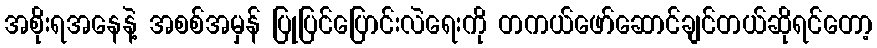
အစိုးရအနေနဲ့ အစစ်အမှန် ပြုပြင်ပြောင်းလဲရေးကို တကယ်ဖော်ဆောင်ချင်တယ်ဆိုရင်တော့